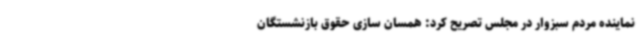
نماینده مردم سبزوار در مجلس تصریح کرد: همسان سازی حقوق بازنشستگان